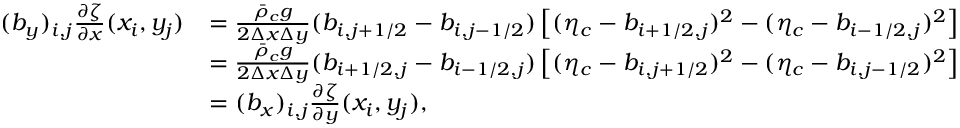
\begin{array} { r l } { ( b _ { y } ) _ { i , j } \frac { \partial \zeta } { \partial x } ( x _ { i } , y _ { j } ) } & { = \frac { \bar { \rho } _ { c } g } { 2 \Delta x \Delta y } ( b _ { i , j + 1 / 2 } - b _ { i , j - 1 / 2 } ) \left[ ( \eta _ { c } - b _ { i + 1 / 2 , j } ) ^ { 2 } - ( \eta _ { c } - b _ { i - 1 / 2 , j } ) ^ { 2 } \right] } \\ & { = \frac { \bar { \rho } _ { c } g } { 2 \Delta x \Delta y } ( b _ { i + 1 / 2 , j } - b _ { i - 1 / 2 , j } ) \left[ ( \eta _ { c } - b _ { i , j + 1 / 2 } ) ^ { 2 } - ( \eta _ { c } - b _ { i , j - 1 / 2 } ) ^ { 2 } \right] } \\ & { = ( b _ { x } ) _ { i , j } \frac { \partial \zeta } { \partial y } ( x _ { i } , y _ { j } ) , } \end{array}